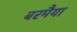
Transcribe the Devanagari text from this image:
बरमैया